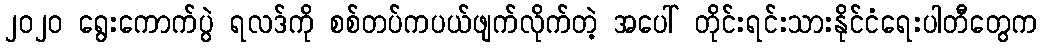
၂၀၂၀ ရွေးကောက်ပွဲ ရလဒ်ကို စစ်တပ်ကပယ်ဖျက်လိုက်တဲ့ အပေါ် တိုင်းရင်းသားနိုင်ငံရေးပါတီတွေက